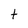
Character: t